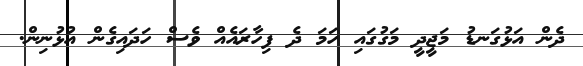
ދެން އަޅުގަނޑު މަޖީދީ މަގުގައި ހަމަ ދެ ފިހާރައެއް ވެސް ހަދައިގެން އުޅުނިން.